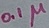
Text: 0.1µ